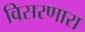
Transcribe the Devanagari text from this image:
विसरणारा